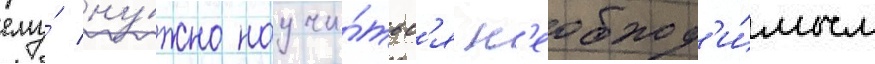
ему́ ну́жно научи́тьс'я н'еобход'и́мым